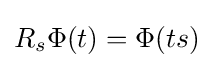
R_{s}\Phi (t)=\Phi (ts)